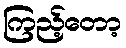
ကြည့်တော့